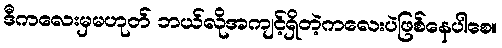
ဒီကလေးမှမဟုတ် ဘယ်လိုအကျင့်ရှိတဲ့ကလေးပဲဖြစ်နေပါစေ။